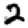
Digit: 2